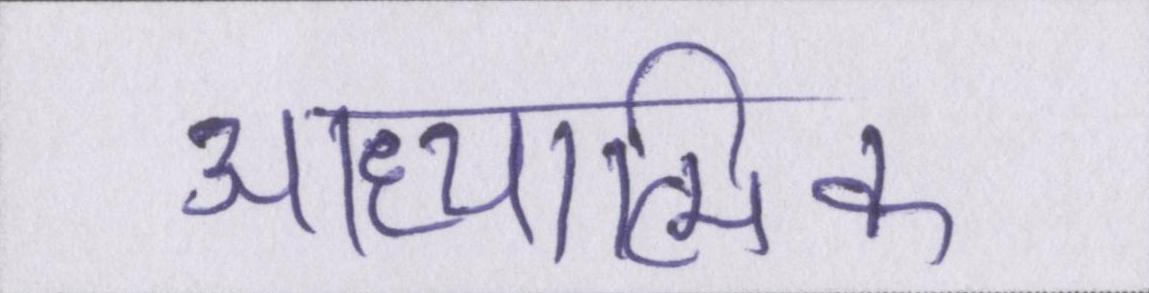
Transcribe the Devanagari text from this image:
आध्यात्मिक